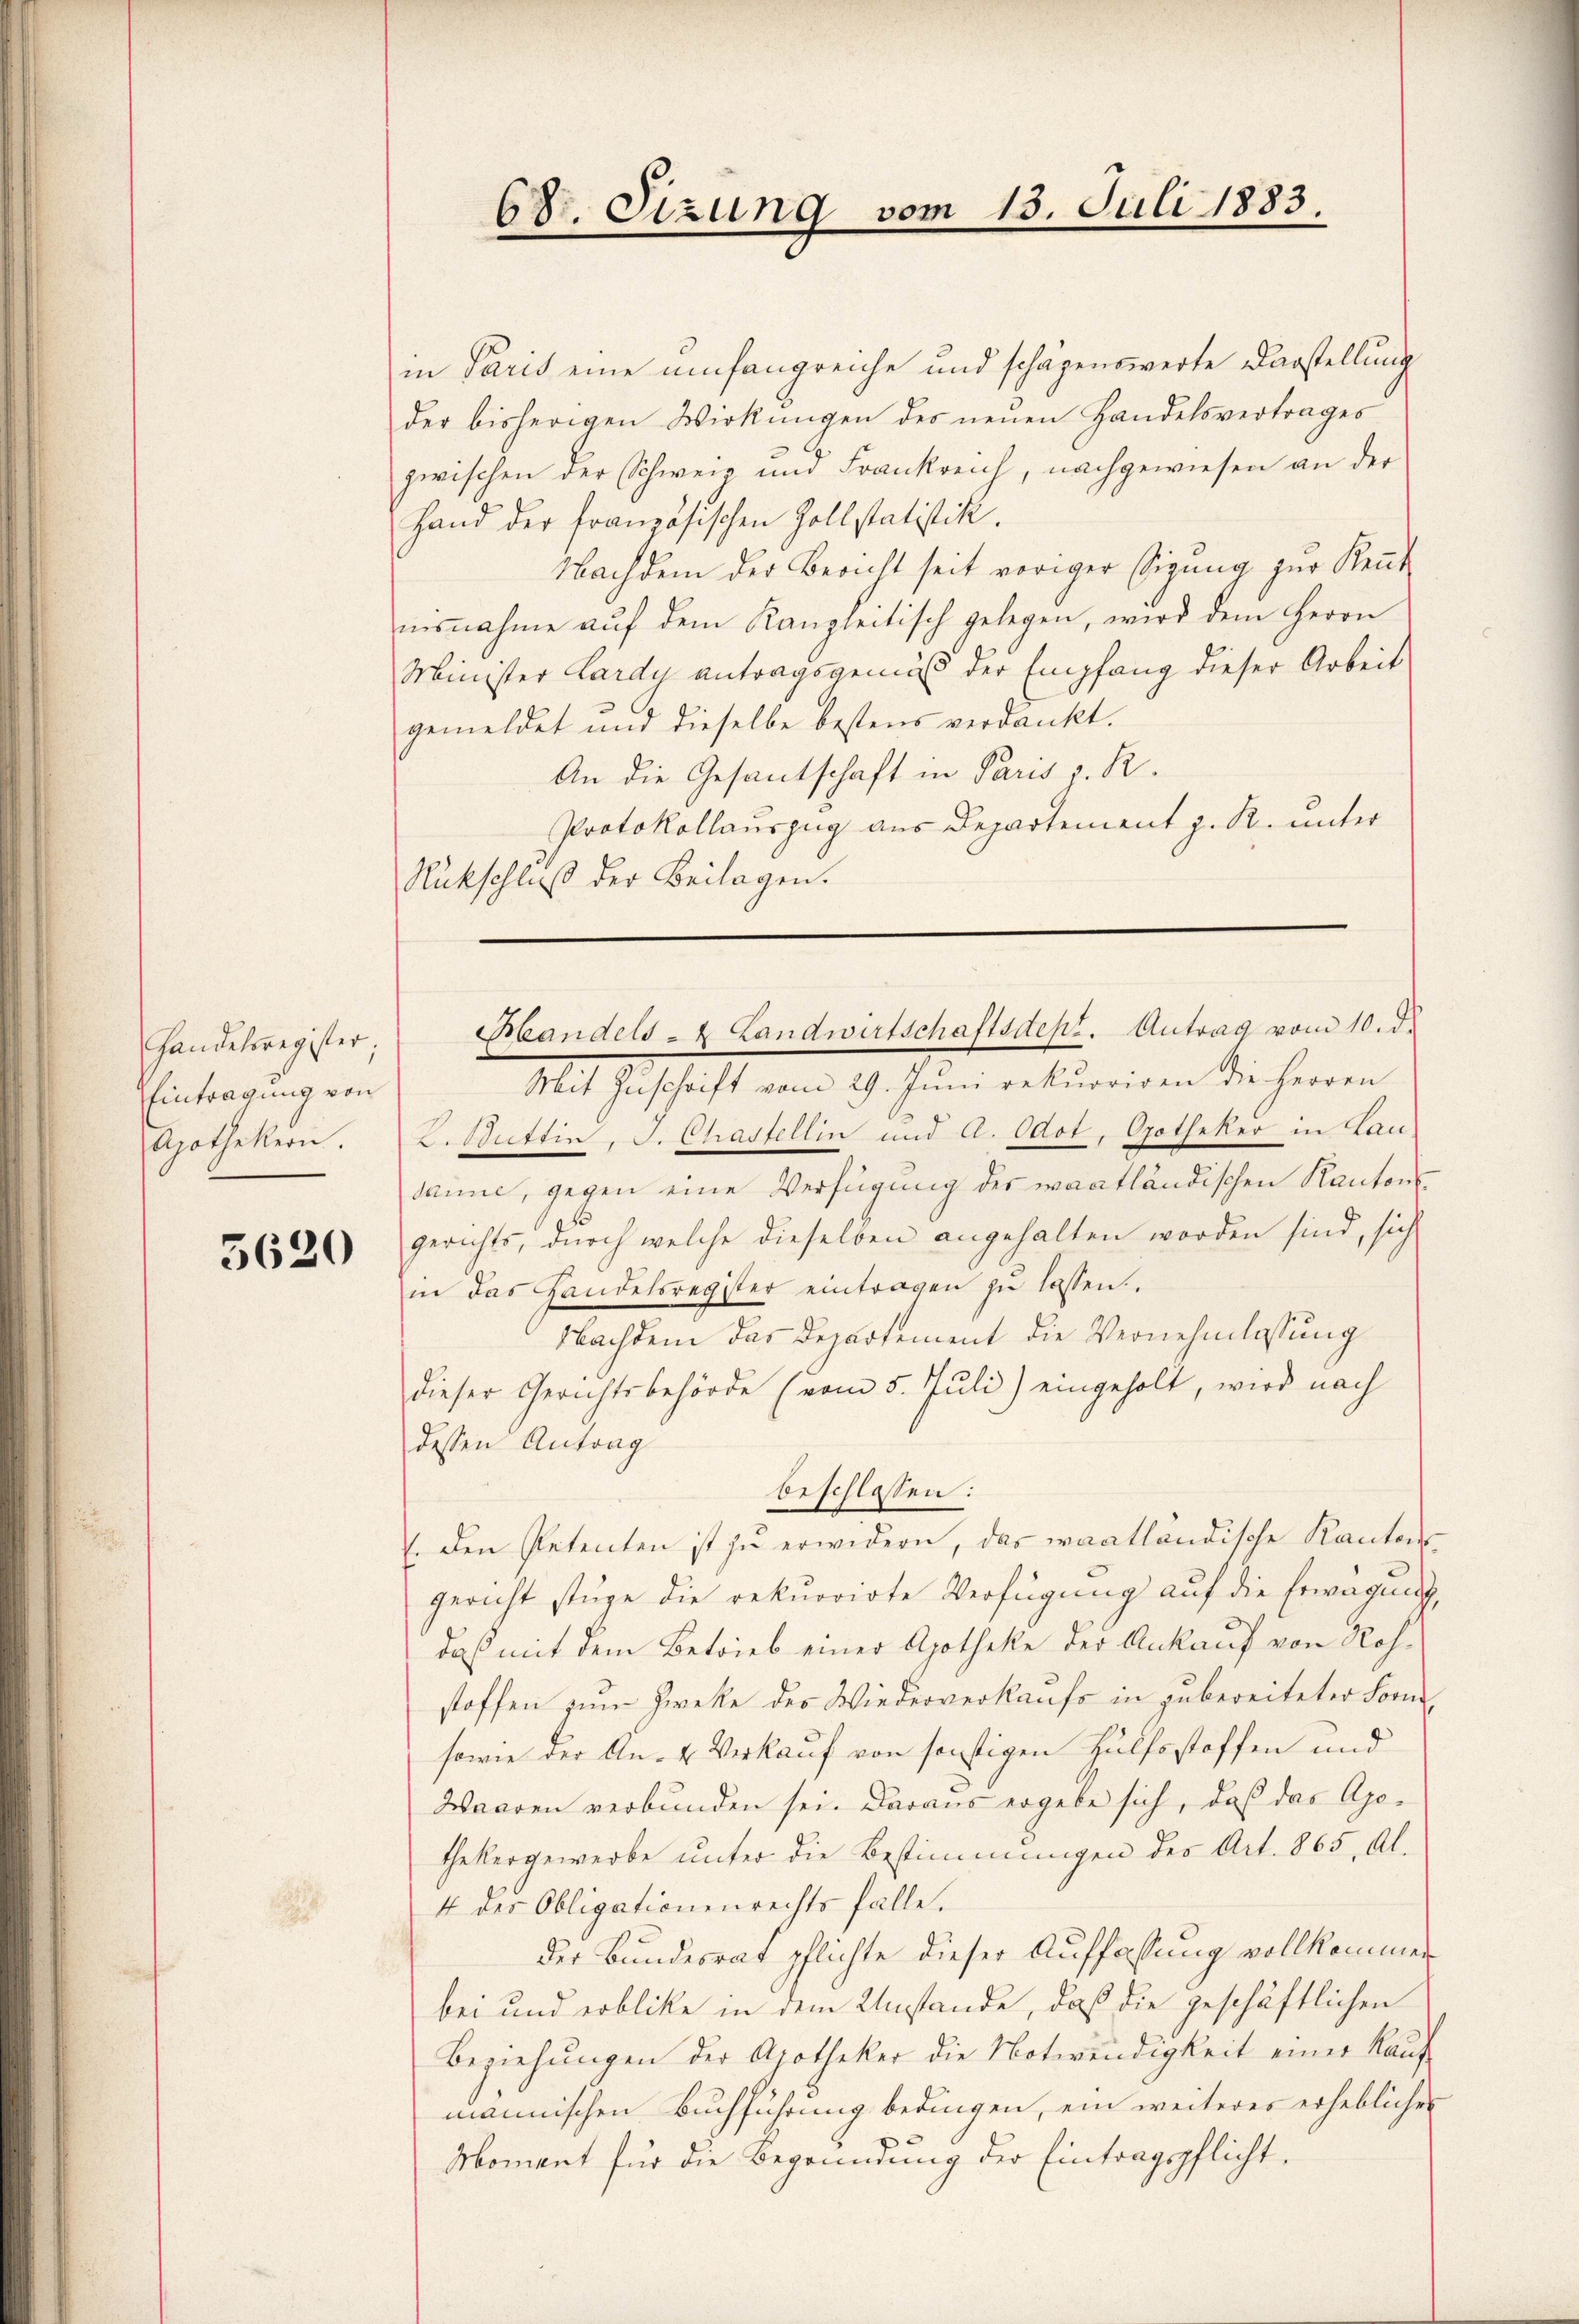
Handelsregister;
Eintragung von
Apothekern.

5620

68. Sizung vom 13. Juli 1883.

in Paris eine umfangreiche und schagenswerte Darstellung
der bisherigen Wirkungen des neuen Handelsvertrages
zwischen der Schweiz und Frankreich, nachgewiesen an der
Hand der französischen Zollstatistik.
Nachdem der Bericht seit voriger Eigung zur Reut
ŭsnahme aŭf dem Kanzleitisch gelegen, wird dem Herrn
Minister Lardy antragsgemäß der Empfang dieser Arbeit
gemeldet und dieselbe bestens verdankt.
An die Gesantschaft in Paris z. R.
Protokollauszug aus Departement z. R. unter
Rückschluß der Beilagen.

Mit Zuschrift vom 29. Jŭni rekurriren die Herren
2. Stuttin. J. Chasfellin und A. Odot, Gotheker in Lau-
sanne, gegen eine Verfügung des waatländischen Kantons
gerichts, durch welche dieselben angehalten worden sind, sich
in das Handelsregister eintragen zu lassen.
Nachdem das Departement die Vernehmlassung
dieser Gerichtsbehörde (vom 5. Juli) eingeholt, wird nach
dessen Antrag
beschlossen:
. den Petenten ist zu erwidern, das erantländische Kantons
gericht stüge die rekurrirte Verfügung auf die Erwägnis,
daß mit dem Betrieb einer Apotheke der Ankauf von Rohstoffen zum Zwecke der Wiederverkaufs in zu bereiteter Form-
sowie der An- & Verkauf von sonstigen Hülfsstoffen und
Waaren verbunden sei. Daraus ergebe sich, daß das Apothekergewerbe unter die Bestimmungen des Art. 865, Al.
4 des Obligationenrechts falle.
der Bundesrat pflichte dieser Auffassung vollkommen
bei und erblicke in dem Umstande, daß die geschäftlichen
Beziehungen der Apotheker die Notwendigkeit einer Kaŭf-
männischen Buchführung bedingen, ein weiteres erhebliches
Moment für die Begründung der Eintragspflicht.

Handels- & Landwirtschaftsdepr. Antrag vom 10. d.